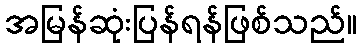
အမြန်ဆုံးပြန်ရန်ဖြစ်သည်။